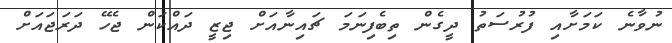
ނުވާނެ ކަމަށާއި ފުރުސަތު ދީގެން ތިބެފިނަމަ ޗައިނާއަށް ޖިޒީ ދައްކަން ޖެހޭ ދަރަޖައަށް